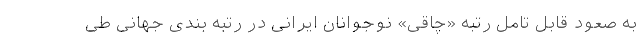
به صعود قابل تامل رتبه «چاقی» نوجوانان ایرانی در رتبه بندی جهانی طی